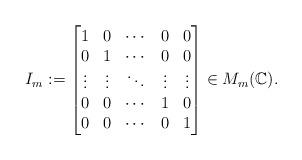
LaTeX: \begin{align*}I_m:=\left[\begin{matrix}1&0&\cdots&0&0\\0&1&\cdots&0&0\\\vdots&\vdots&\ddots&\vdots&\vdots\\0&0&\cdots&1&0\\0&0&\cdots&0&1\end{matrix}\right]\in M_m(\mathbb{C}).\end{align*}